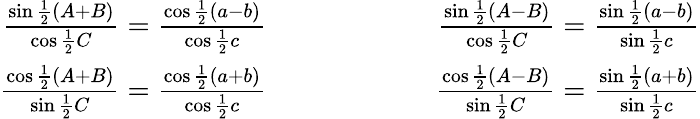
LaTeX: {\begin{array}{rlr}{{\frac{\sin{\frac{1}{2}}(A+B)}{\cos{\frac{1}{2}}C}}={\frac{\cos{\frac{1}{2}}(a-b)}{\cos{\frac{1}{2}}c}}}&{\qquad\qquad}&{{\frac{\sin{\frac{1}{2}}(A-B)}{\cos{\frac{1}{2}}C}}={\frac{\sin{\frac{1}{2}}(a-b)}{\sin{\frac{1}{2}}c}}}\\ {{\frac{\cos{\frac{1}{2}}(A+B)}{\sin{\frac{1}{2}}C}}={\frac{\cos{\frac{1}{2}}(a+b)}{\cos{\frac{1}{2}}c}}}&{\qquad}&{{\frac{\cos{\frac{1}{2}}(A-B)}{\sin{\frac{1}{2}}C}}={\frac{\sin{\frac{1}{2}}(a+b)}{\sin{\frac{1}{2}}c}}}\end{array}}